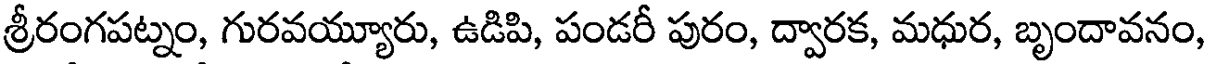
శ్రీరంగపట్నం, గురవయ్యూరు, ఉడిపి, పండరీ పురం, ద్వారక, మధుర, బృందావనం,